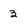
Character: 3